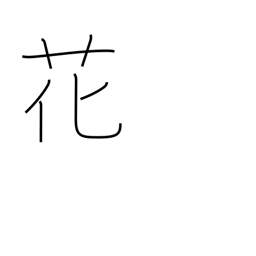
Meaning: flower